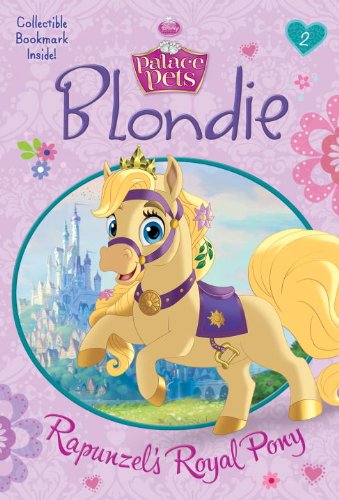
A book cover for Blondie: Rapunzel's Royal Pony (Disney Princess: Palace Pets) (A Stepping Stone Book(TM)); Tennant Redbank; Children's Books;